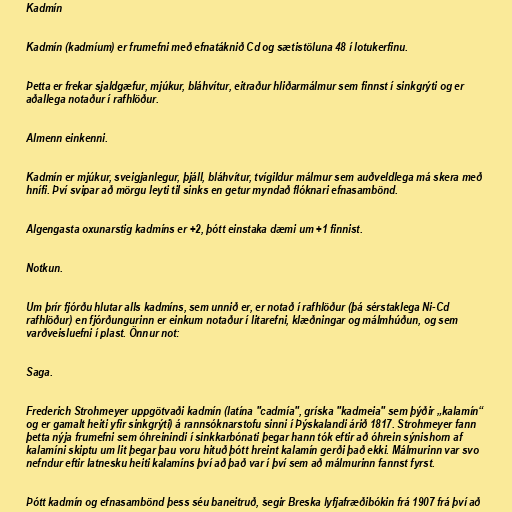
Kadmín

Kadmín (kadmíum) er frumefni með efnatáknið Cd og sætistöluna 48 í lotukerfinu.

Þetta er frekar sjaldgæfur, mjúkur, bláhvítur, eitraður hliðarmálmur sem finnst í sinkgrýti og er
aðallega notaður í rafhlöður.

Almenn einkenni.

Kadmín er mjúkur, sveigjanlegur, þjáll, bláhvítur, tvígildur málmur sem auðveldlega má skera með
hnífi. Því svipar að mörgu leyti til sinks en getur myndað flóknari efnasambönd.

Algengasta oxunarstig kadmíns er +2, þótt einstaka dæmi um +1 finnist.

Notkun.

Um þrír fjórðu hlutar alls kadmíns, sem unnið er, er notað í rafhlöður (þá sérstaklega Ni-Cd
rafhlöður) en fjórðungurinn er einkum notaður í litarefni, klæðningar og málmhúðun, og sem
varðveisluefni í plast. Önnur not:

Saga.

Frederich Strohmeyer uppgötvaði kadmín (latína "cadmía", gríska "kadmeia" sem þýðir „kalamín“
og er gamalt heiti yfir sinkgrýti) á rannsóknarstofu sinni í Þýskalandi árið 1817. Strohmeyer fann
þetta nýja frumefni sem óhreinindi í sinkkarbónati þegar hann tók eftir að óhrein sýnishorn af
kalamíni skiptu um lit þegar þau voru hituð þótt hreint kalamín gerði það ekki. Málmurinn var svo
nefndur eftir latnesku heiti kalamíns því að það var í því sem að málmurinn fannst fyrst.

Þótt kadmín og efnasambönd þess séu baneitruð, segir Breska lyfjafræðibókin frá 1907 frá því að